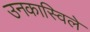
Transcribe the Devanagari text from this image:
उनकास्विले